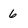
Character: 6